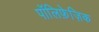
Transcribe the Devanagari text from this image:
पॉलिफ़ेज़िक